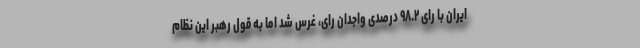
ایران با رای ۹۸.۲ درصدی واجدان رای، غرس شد اما به قول رهبر این نظام